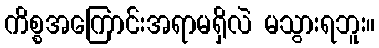
ကိစ္စအကြောင်းအရာမရှိလဲ မသွားရဘူး။